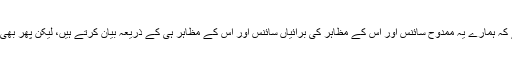
ستم ظریفی دیکھیے کہ ہمارے یہ ممدوح سائنس اور اس کے مظاہر کی برائیاں سائنس اور اس کے مظاہر ہی کے ذریعہ بیان کرتے ہیں، لیکن پھر بھی انہیں بُرا کہتے ہیں۔